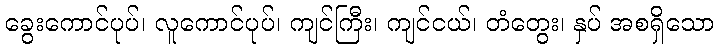
ခွေးကောင်ပုပ်၊ လူကောင်ပုပ်၊ ကျင်ကြီး၊ ကျင်ငယ်၊ တံတွေး၊ နှပ် အစရှိသော